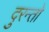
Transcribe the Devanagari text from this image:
दुरन्तो